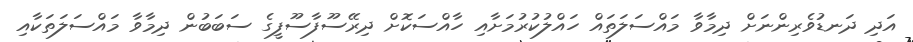
އަދި ދަނޑުވެރިންނަށް ދިމާވާ މައްސަލަތައް ހައްލުކުރުމަށާއި ހާއްސަކޮށް ދިރޭސޫފާސޫފީގެ ސަބަބުން ދިމާވާ މައްސަލަތަކާއި